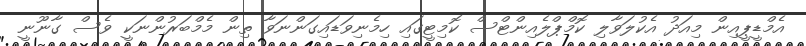
އެމްޑީޕީއިން މިއަދު އެކުލަވާލި ކޮމްޕްލެއިންޓްސް ކޮމިޓީގައި ހިމެނިވަޑައިގަންނަވާ ތިން މެމްބަރުންނަކީ ވެސް ގާނޫނީ